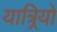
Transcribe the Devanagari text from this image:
यात्र्रियों